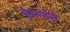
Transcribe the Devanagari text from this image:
ड्रेगनफ़ोर्स